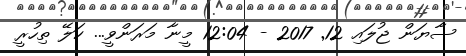
ސާޔަން ޖުލައި 12